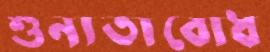
শূন্যতাবোধ